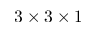
3 \times 3 \times 1